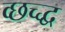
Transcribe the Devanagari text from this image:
व्छच्द्ध